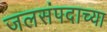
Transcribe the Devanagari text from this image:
जलसंपदाच्या